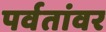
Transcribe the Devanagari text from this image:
पर्वतांवर